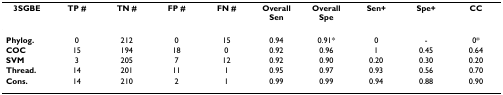
| 3SGBE | TP # | TN # | FP # | FN # | Overall Sen | Overall Spe | Sen+ | Spe+ | CC |
 | --- | --- | --- | --- | --- | --- | --- | --- | --- | --- |
 | Phylog. | 0 | 212 | 0 | 15 | 0.94 | 0.91* | 0 | - | 0* |
 | COC | 15 | 194 | 18 | 0 | 0.92 | 0.96 | 1 | 0.45 | 0.64 |
 | SVM | 3 | 205 | 7 | 12 | 0.92 | 0.90 | 0.20 | 0.30 | 0.20 |
 | Thread. | 14 | 201 | 11 | 1 | 0.95 | 0.97 | 0.93 | 0.56 | 0.70 |
 | Cons. | 14 | 210 | 2 | 1 | 0.99 | 0.99 | 0.94 | 0.88 | 0.90 |